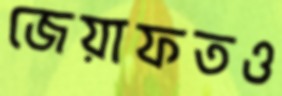
জেয়াফতও